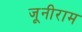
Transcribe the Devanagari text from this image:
जूनीराम